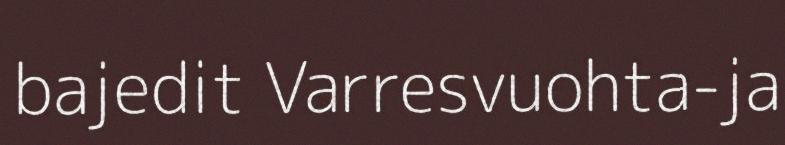
bajedit Varresvuohta-ja